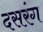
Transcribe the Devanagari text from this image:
दसरंग